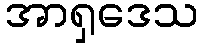
အာရှဒေသ